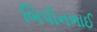
બિપીનભાઈ